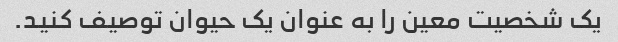
یک شخصیت معین را به عنوان یک حیوان توصیف کنید.